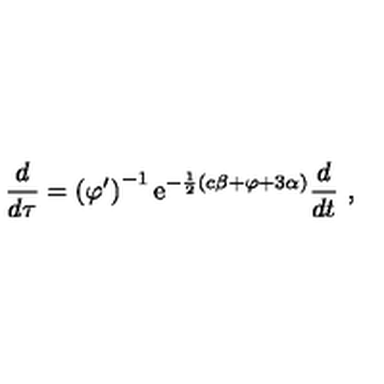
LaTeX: \frac { d } { d \tau } = \left( \varphi ^ { \prime } \right) ^ { - 1 } \mathrm { e } ^ { - \frac 1 2 ( c \beta + \varphi + 3 \alpha ) } \frac { d } { d t } \ ,